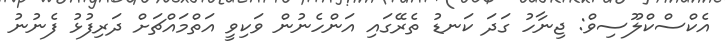
އެކްސްކްލޫސިވް: ޖިނާހު ގަދަ ކަނޑު ތެރޭގައި އަންހެނުން ވަކިވީ އަތްމައްޗަށް ދަރިފުޅު ފެނުނު